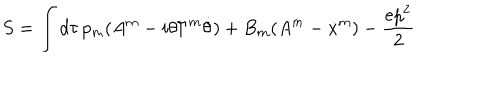
S = \int d \tau \, p _ { m } ( A ^ { m } - i \theta \Gamma ^ { m } \dot { \theta } ) + B _ { m } ( A ^ { m } - \dot { x } ^ { m } ) - \frac { e p ^ { 2 } } { 2 }